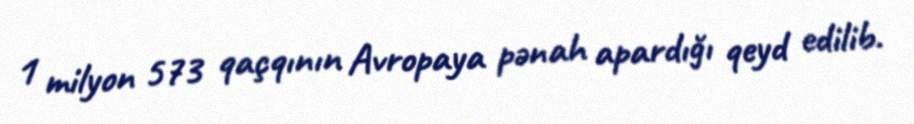
1 milyon 573 qaçqının Avropaya pənah apardığı qeyd edilib.